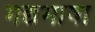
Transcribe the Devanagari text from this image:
गद्यभाषा